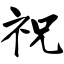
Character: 祝